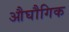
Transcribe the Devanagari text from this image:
औघौगिक